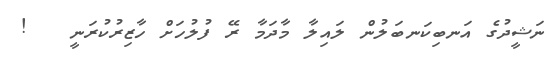
ނަޝީދުގެ އަނބިކަނބަލުން ލައިލާ މާދަމާ ރޭ ފުލުހަށް ހާޒިރުކުރަނީ   !